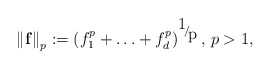
\begin{align*}\left\| \mathbf{f} \right\|_{p}:=\left( f_{1}^{p}+\mathellipsis +f_{d}^{p} \right)^{\raise0.7ex\hbox{1} \!\mathord{\left/ {\vphantom {1 p}}\right.\kern-\nulldelimiterspace}\!\lower0.7ex\hbox{p}},\thinspace p>1,\end{align*}